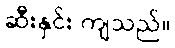
ဆီးနှင်း ကျသည်။